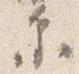
参